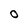
Character: 0